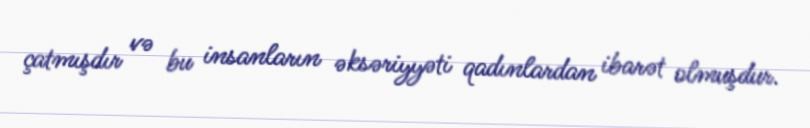
çatmışdır və bu insanların əksəriyyəti qadınlardan ibarət olmuşdur.